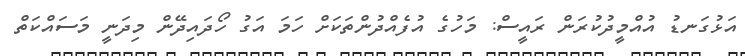
އަޅުގަނޑު އުއްމީދުކުރަން ރައީސް: މަހުގެ އުފެއްދުންތަކަށް ހަމަ އަގު ހޯދައިދޭން މިދަނީ މަސައްކަތް